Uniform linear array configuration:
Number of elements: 48
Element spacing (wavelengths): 0.75
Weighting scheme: exponential
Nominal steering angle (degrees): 45
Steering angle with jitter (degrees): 44.467
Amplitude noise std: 0.05
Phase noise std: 0.05

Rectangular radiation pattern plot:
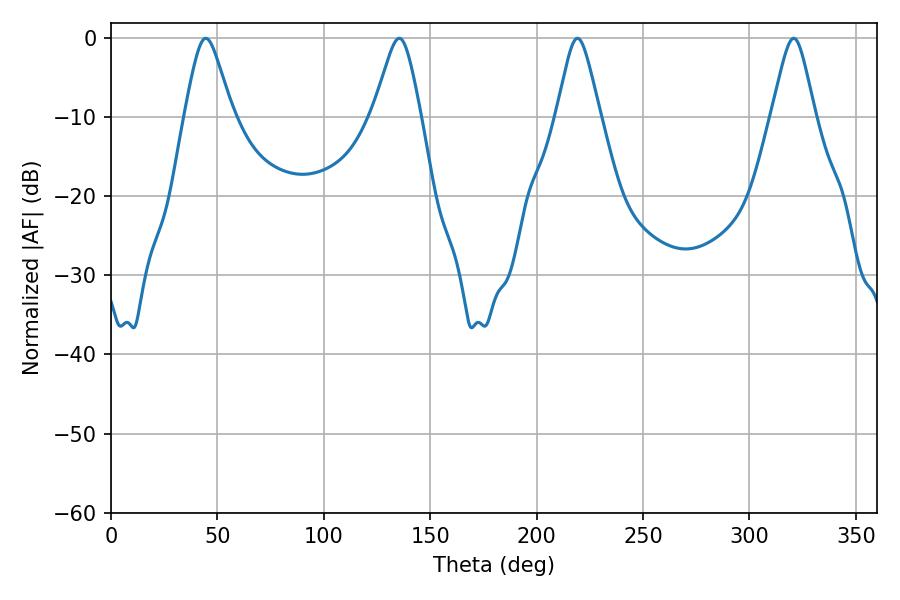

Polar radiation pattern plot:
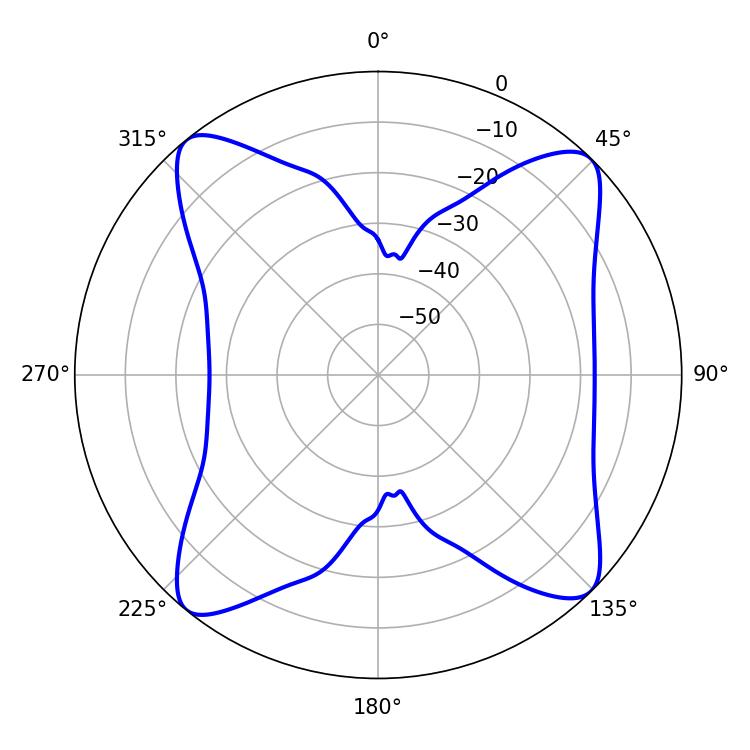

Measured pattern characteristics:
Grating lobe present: TRUE
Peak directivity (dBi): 14.052
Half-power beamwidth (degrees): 9.9
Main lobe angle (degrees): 219.24